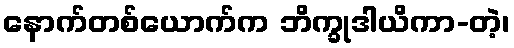
နောက်တစ်ယောက်က ဘိက္ခုဒါယိကာ-တဲ့၊